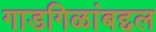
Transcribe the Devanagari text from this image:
गाडगिळांबद्दल